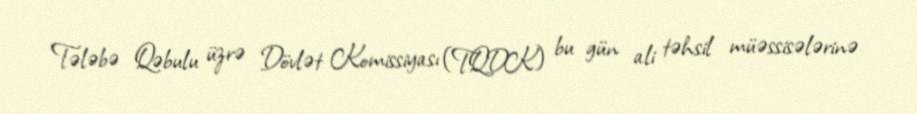
Tələbə Qəbulu üzrə Dövlət Komissiyası (TQDK) bu gün ali təhsil müəssisələrinə